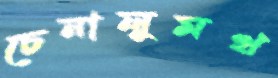
চেনালুমখ